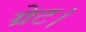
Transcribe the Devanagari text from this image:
ग्रेट।